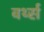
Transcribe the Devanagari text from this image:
वर्थ्स